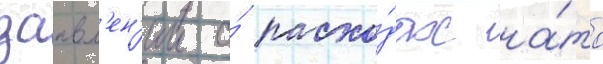
заавл'ен'ии о́ расхо́дах на́то